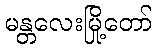
မန္တလေးမြို့တော်